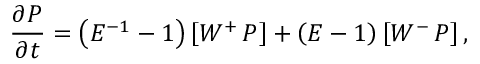
\frac { \partial P } { \partial t } = \left( E ^ { - 1 } - 1 \right) \left[ W ^ { + } \thinspace P \right] + \left( E - 1 \right) \left[ W ^ { - } \thinspace P \right] ,